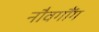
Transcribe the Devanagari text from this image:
नौवगौँग